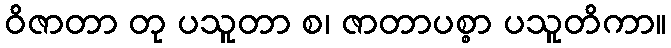
ဝိဇာတာ တု ပသူတာ စ၊ ဇာတာပစ္စာ ပသူတိကာ။